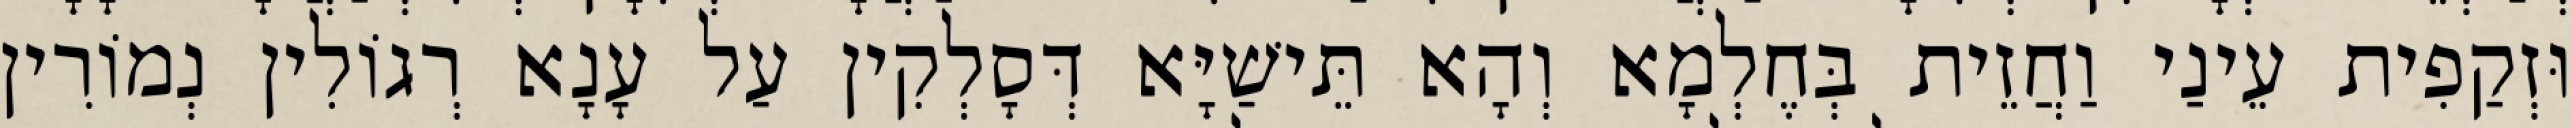
וּזְקַפִית עֵינַי וַחֲזֵית בְּחֶלְמָא וְהָא תֵּישַׁיָּא דְּסָלְקִין עַל עָנָא רְגוֹלִין נְמוֹרִין